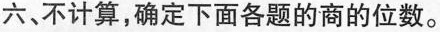
六，不计算，确定下面各题的商的位数。